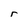
Character: r